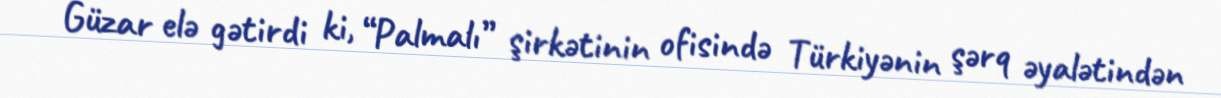
Güzar elə gətirdi ki, “Palmalı” şirkətinin ofisində Türkiyənin şərq əyalətindən